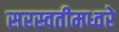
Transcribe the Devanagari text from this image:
सरस्वतीमध्वरे